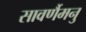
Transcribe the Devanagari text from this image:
सावर्णैमनु